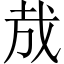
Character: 㢤